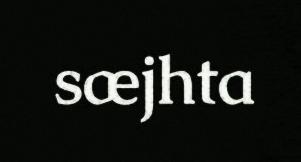
sæjhta